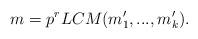
LaTeX: \begin{align*}m = p^r LCM (m'_1, ..., m'_k).\end{align*}